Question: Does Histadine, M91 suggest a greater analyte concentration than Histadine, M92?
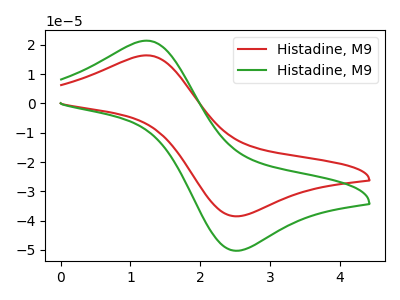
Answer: <think>The red curve "Histadine, M91" has an anodic peak at (1.20V, 16.40uA) and a cathodic peak at (2.55V, -38.50uA). The green curve "Histadine, M92" has an anodic peak at (1.20V, 21.45uA) and a cathodic peak at (2.55V, -50.25uA).
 All the peaks in "Histadine, M91" have a peak in "Histadine, M92" at the same potential. Every peak in "Histadine, M91" is lower than every peak in "Histadine, M92".</think>
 <answer>"Histadine, M91" has less signal than "Histadine, M92".</answer>
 <eval>less_signal</eval>